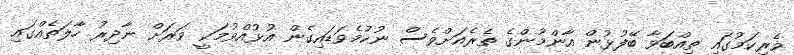
ވެރިކަމުގައި ތިއްބަވާ ބޭފުޅުން އާންމުންގެ ތެރެއަށްވެސް ނުކުމެވަޑައިގެން އުޅުއްވުމަކީ ވަރަށް ނާދިރު ހާލަތެއްގައި